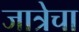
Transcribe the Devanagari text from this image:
जात्रेचा